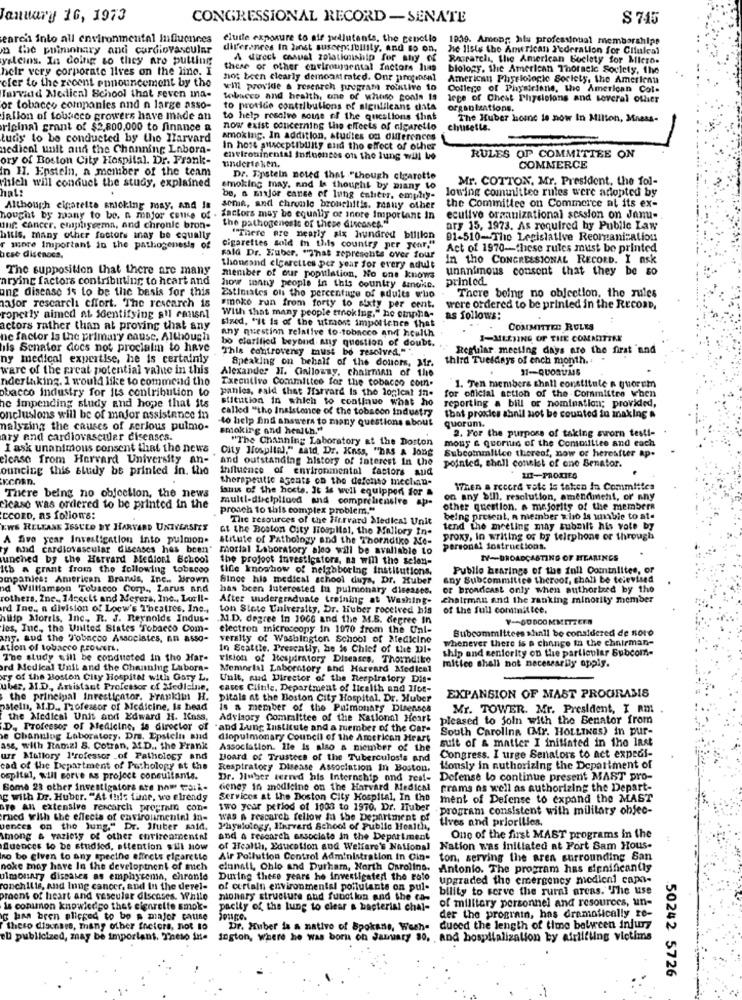
January 16, 1973
CONGRESSIONAL RECORD -SENATE
S 745
search into all environmental influences
clude exposure to air pollutants. the cenclio
1939. Among hlu professional membershipe
the puiminhary and cardiovascular
differences In 2inst suscepsibility, and so on,
he lisis the American Federation for Clinical
yaleins. In doing so they are putting
A direct casual zolationship for any of
Rorarchi, the American Boclety for Micro.
helr very corporate lives on the line. I
these or other envirougnental factors has
biology, the American Thoracic Society, the
eler to the recent ennouncement by the
not been clearly demoam mated. One propensal
American Physiologie Society, the American
vm provide & research program rotative to
College of Physicians, the American Col-
Tarvidd Medical School that seven mna-
tobacco and health, one of wheso conla 1a
lege of Chest Physicians and several other
or tobacco companies and n large asso-
to provide contributions of sigilileans data
organizations.
jalion of tobacco growers have made an
to help resolve souse of the questions that
The Huber home to now In Milton, Massa-
original grant of $2,800,000 to finance a
now exist concerning the effects of cigaretlo
chusette.
turis to be conducted by the Harvard
amoxinc. In addition, studies on differences
medical unit and the Channing Labora-
In host susceptibility and the effect of other
ory of Boston City Hospital. Dr. Frank-
undertaken.
environinental influences on the lung will be
RULES OF COMMITTEE ON
In HI. Epstein, a member of the team
COMMERCE
Dr. Eystein noted that ."though cicarotte
Mr. COTTON, Mr. President, the fol-
which will conduct the study, explained
hat:
smoking may, and I thought by miany to
lowing committee rules were adopted by
be, a major canse of lung cancer. emphy-
Although cigarette smoking may, and Is
soma, and chronle bronchitis. many other
the Committee on Commerce at its ex-
hought by many to be. n major cene of . factors may be equally of inore Important in
ecutive organizational session on Jan-
auf: cancer. employeema, and chronle bron-
the pathogenesis of these diseases."
ary 15, 1973. As required by Public Law
hitis, many other factors inay be equally
""There are nearly six hundred bililon
91-510-The Legislative Reorganization
more Important in the pathogenesis of
cigarettes sold In this country per year,"
Act of 1970-these rules must be printed
acse disenocs.
fald Dr. Huber. "That represents over four
In tho CONGRESSIONAL RECORD. I ASK
The supposition that there are many
thousand cigarettes per year for every adult
unanimous consent that they be so
arying factors contributing to heart and
member of our population, No one knows
printed
ung disease is to be the basis for this
how tanny people in this country smoke.
There being no objection, the rules
Estimates of the percentage of adults who
nafor research effort. The research is
smoke run from forty to sixty per cent.
were ordered to be printed in the RecosD,
roperly aimed at identifying stl ransnl
With that many people troking." he empha-
sized. "It is of the utmost impolience that
as follows:
actors rather than at proving that any
Any question relative to-tobacco and health
COMMITTED RULES
ne factor is the primary cause. Although
bo clarified beyond any question of doubt.
I-MILEJING OF THE COMMITTEE
ils Senator docs not proclaim to have
This controversy must be resolved.""
Reglilar meeting days are the first and
ny medical expertise, he is certainly
third Tuesdays of ench month. .
ware of the great potential value in this
Alexander HI. Ciallouny, chairman of the
Speaking on behalf of the donors, Mr.
31-QUO81/115
ndertaking. I would like to commend tho
Executive Committee for the tobacco com.
1. Ten members shall constitute a quorum
obacco industry for its contribution to
panies, said that Harvard is the logical in-
for official action of the Committee when
stitution in which to continue what ho
he impending study and hope that its
called "tho Insistence of the tobacon industry
reporting a bill or nomination; provided,
onclusions will be of major assistance in
-to help find answers to many questions about
that proxies abnil not be counted in inaking &
quorum.
nalyzing the causes of serious pulmo-
smoking and health."
2. For the purpose of taking sworn testi-
ary and cardiovascular diseases.
"The Channing Laboratory at the Doston
mous & quorius of the Comoslitee and each
I ask unanimous consent that the news
City Hospital," said, Dr. Kass, "haS & Jong
elcaso from Harvard University an-
and outstanding history of interest in the
Subcommilice thereof, now of hereafter ap.
ouncing this study be printed in. the
Influence of environmental factors and
pointed, shall consist of one Senator.
ECORD.
therapeutic agents co the defchao meclinn-
20-PROXIES
There being no objection, the news
ismis of the hosts. It is well equipped for a
17hen a record vote is taken In Commiites
multi-disciplined and comprehensive ap-
on any bill, resolution, amendment, or any
cicase was ordered to be printed in the
proach to this complex problem."
other question. a majority of the members
CCORD, as folion's:
The resources of the Hirrvard Medieal Unit
being present, A member who is unable to ate
EWS RELEASE ISSUED BY HARVARD UNIVERSITY
at the Boston City Hospital, the Mallory In-
tend the meeting may submit his vote by
A five year Investigation into pulmon-
stitute of Pathology and the Thorndike Me-
proxy, in writing or by telephone or through
y and cardiovascular diseases has been
mortal Laboratory aleo will be avaliable to
personal Sostructions.
unched by the Harvard Medionl School
the projoot Investigators, na will the selon-
IV-BROADCASTING OF HEARINGS
Itb = grant from the following tobacco
tide knowhow of neighboring institutions.
Public hearings of the full Comninlitee, or
mpanies: American Brands, Inc .. Brown
Since his medical school duys, Dr. Huber
any Subcommitice theroof, shall be televised
nd Williamson Tobacco Corp ., Larus and
has been Juterested lu pulmonary diseases.
or broadcast only when authorized by the
rothers, Inc. 14ceelt and Megera, Inc ., Lot Il-
After undergraduate training at Washing-
chairman and the ranking minority member
rd Ine ., a division of Loew's Theatres, Inc .,
ton State University, Dr. Huber received his
of the full committee.
hilip Morris, Inc ., R. J. Reynolds Indus-
.M.D. degree In 1066 and the M.B. degree In
¥ -- SODCOMMITTEES
les, Inc ., the United States "Tobacco Com-
electron microscopy in 1070 from the Unl-
Subcommittees shall be considered de soto
any. aud the Tobacco Associates, an asso-
veraity of Washington School of Medicine
whenever there is a change in the chairman-
ation of tobacco prowert.
In Seattle. Presently, he is Chief of the DI.
ship and seniority on the particular Subcom-
The study will be conducted in tho Har-
vision of Respiratory Diseases, Thorndike
ord Medical Unit and the Channing Labora-
Memorial Laboratory and Harvard Medical
mitlee shall not necessarily apply.
ry of the Boston City Hospital with Gary L.
Unit, mud Director of the Respiratory Dit-
uber, M.D, Artistant Professor of Medicine.
cases Clinile, Department of licalth and Its-
the principal Investigator. Franklin H.
pitala at the Boston City Hospital. Dr. Huber
EXPANSION OF MAST PROGRAMS
stein, M.D ., Professor of Medicine, Is bead
Is a member of the Pulmonary Dinenses
Mr. TOWER. Mr. President, I AM
the Medical Unit and Edward H. Inss,
Adylaory Committee of the National Heart
pleased to join with the Senator from
D. Professor of Medicine, de director of
and Lung Institute and a member of the Car-
South Carolina (Mr. HOLLINGS) in pur-
e Channlug Laboratory, Dra. Epstelis and
diopulmonary Council of the American Heart
suit of & matier I initiated in the last
ass, with Ramzi S. Cotran, AfD ., the Frank
Association. Ile is also a niember of the
ur Mallory l'rofessor _of Pathology and
Board of Trustees of the Tuberculosis and
Congress. I urge Senators to act expedi-
cad of the Department of Pathology at the
Respiratory Disease Association In Boston.
Konsly in authorizing the Department of
ospital, will Borve ns project consultants.
Dr. Huber terred his Internship and rea !-
Defense to continue present MAST pro-
Some 23 other investigators are now taik-
cieney in medicine on the Harvard Medical
Frams as well as authorizing the Depart-
g with Dr. Huber. "At this time, wo elrendy
Services at the Boston City Hospital, In the
ment of Defense to expand the MAST
are An extensive rescarch programn con-
two year period of 1008 to 1970. Dr. ITuber
programs consistent with military objec-
rned with the effects of environmental in-
WAS A research fellow in the Department of
Lives and priorities.
vences on the jung." Dr. Juter said.
Physiology, Harvard School of Public Health,
Among & variety of other corizcamental
and a research associate in the Department
One of the first MAST programs in the
fluences to be studied, attention will now
of Health, Education and Welfare's National
Nation was initiated at Fort Sam Hous-
no bo given to any specine effects cigarette
Air Pollution Control Administration in Cin-
ton, serving the area surrounding San
noke may have In the developtnent of mich
clunall, Chlo and Durham, North Carolina.
Antonio. The program has significantly
ulmonary diseases as emphysema, chronle
During these years he investigated the rato
upgraded the emergency medical capa-
ronchilis, and Inng cancer, and in the derel-
of curtain environmental pollutants on pul-
bility to serve the rural areas. "The use
praent of heart and vascular diseases. While
honory structure and function and the ta-
of military personnel and resources, un-
is conimon knowledso that cienrette smok-
pacity of the lung to clear a bacterial chal-
der the program, has dramatically re-
ig ben bren alicged to be a major catise
theso disenses, Thany other fretora, not to
Dr. Huber is a native of Spokane, Wesh- duced the length of time between injury
eu publicized, may be important. Theso inte jogton, Where he was born on January 30, and hospitalization by afrlifting victims
eu publicized, may be important. Theso ine
50242 5726